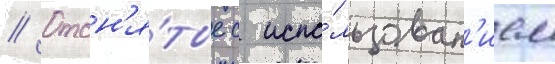
// Отсн'я́тые с испо́льзован'ием